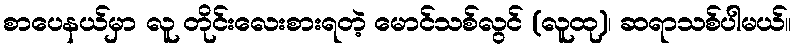
စာပေနယ်မှာ လူ တိုင်းလေးစားရတဲ့ မောင်သစ်လွင် (လူထု)၊ ဆရာသစ်ပါမယ်။